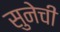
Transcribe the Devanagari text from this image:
सुनेची